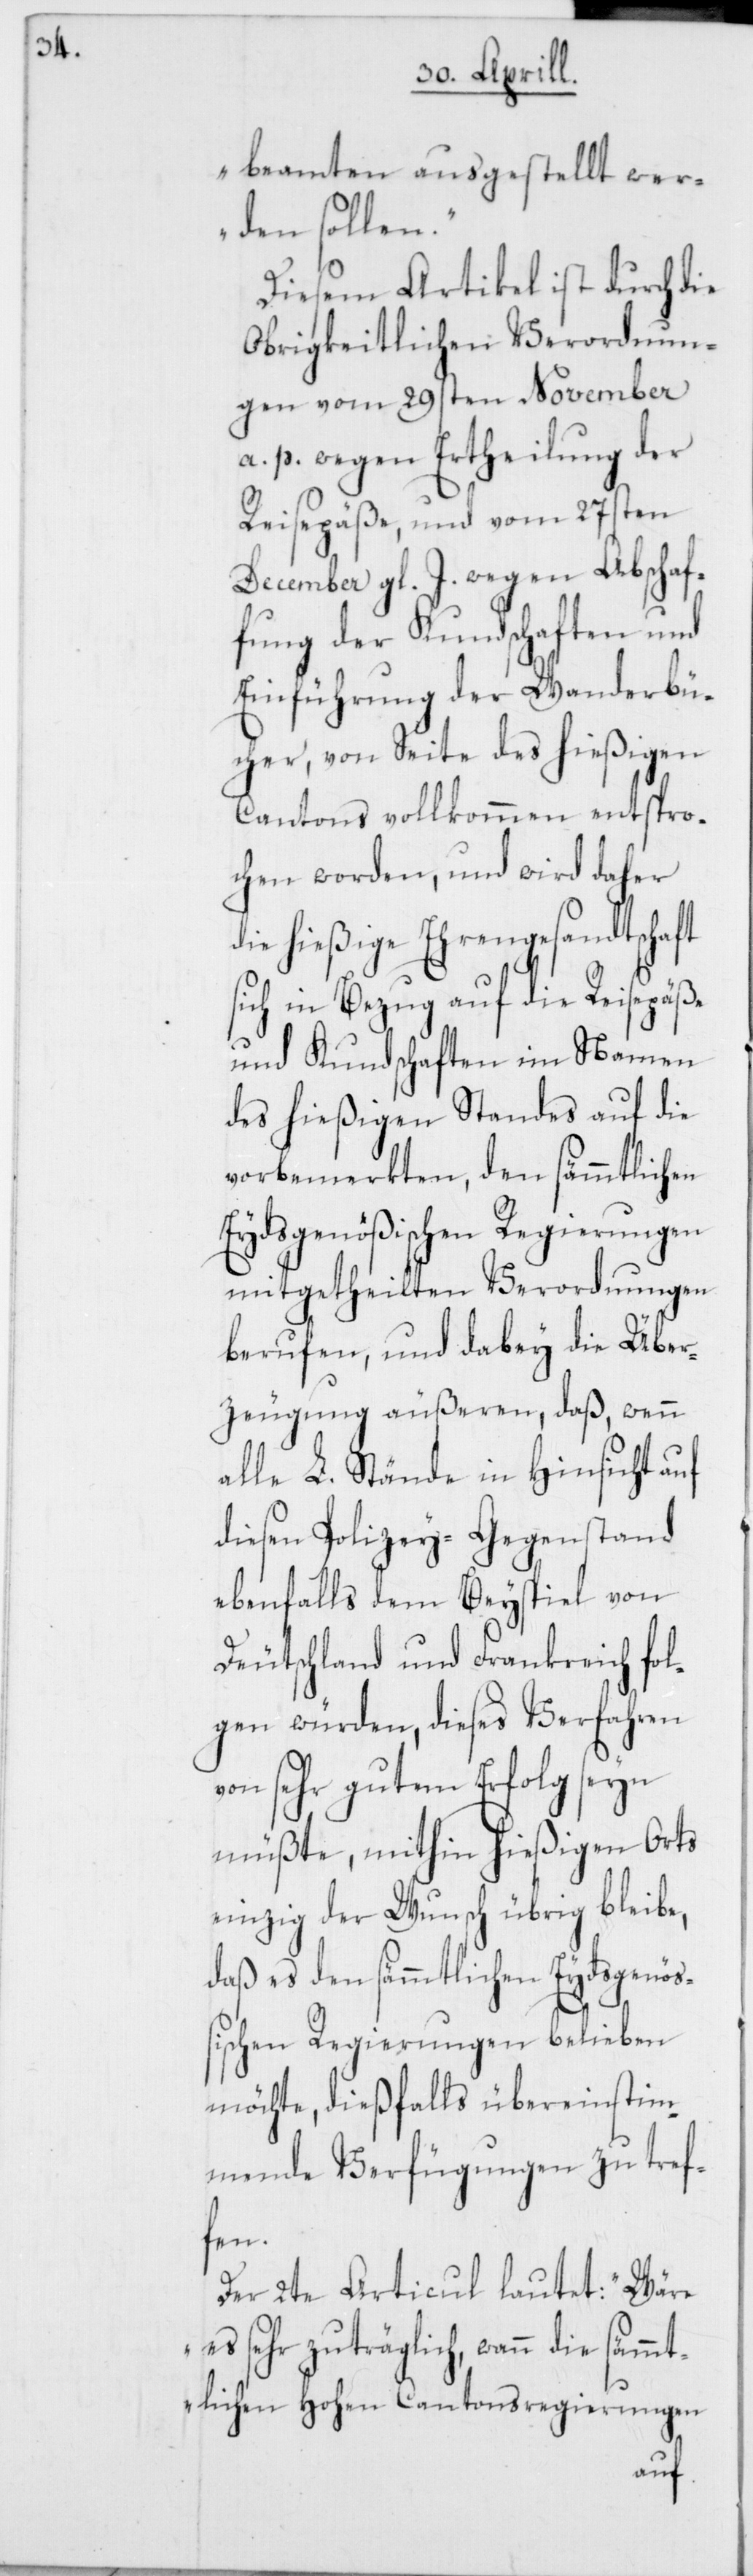
beamten ausgestellt wer¬
den sollen.“
Diesem Artikel ist durch die
Obrigkeitlichen Verordnun¬
gen vom 29sten November
a. p. wegen Ertheilung der
Reisepäße, und vom 27sten
December gl. J. wegen Abschaf¬
fung der Kundschaften und
Einführung der Wanderbü¬
cher, von Seite des hießigen
Cantons vollkommen entspro¬
chen worden, und wird daher
die hießige Ehrengesandtschaft
sich in Bezug auf die Reisepäße
und Kundschaften im Namen
des hießigen Standes auf die
vorbemerkten, den sämmtlichen
Eydsgenößischen Regierungen
mitgetheilten Verordnungen
berufen, und dabey die Über¬
zeugung äußeren, daß wenn
alle L. Stände in Hinsicht
diesen Polizey-Gegenstand
ebenfalls dem Beyspiel von
Deutschland und Frankreich fo¬
lgen würden, dieses Verfahren
von sehr gutem Erfolg seyn
müßte, mithin hießigen Orts
einzig der Wunsch übrig bleibe,
daß es den sämmtlichen
möchte, dießfalls übereinstim¬
mende Verfügungen zu tref¬
fen.
Der 2te Articul lautet: „Wäre
es sehr zuträglich, wann die säm¬
mtlichen Hohen Cantonsregierungen
auf